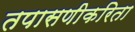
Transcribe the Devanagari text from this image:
तपासणीकरिता